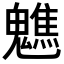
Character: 𩴧